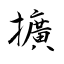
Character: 擴